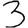
Digit: 3